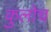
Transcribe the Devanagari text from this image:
कुलोच